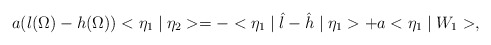
\begin{align*}a(l(\Omega)-h(\Omega))<\eta_1 \mid \eta_2 > =-<\eta_1 \mid \hat{l}-\hat{h} \mid \eta_1 > + a <\eta_1 \mid W_1 >,\end{align*}